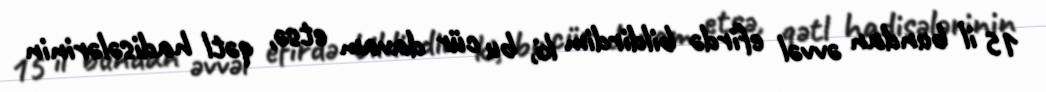
15 il bundan əvvəl efirdə bildirdim ki, bu cür davam etsə, qətl hadisələrinin